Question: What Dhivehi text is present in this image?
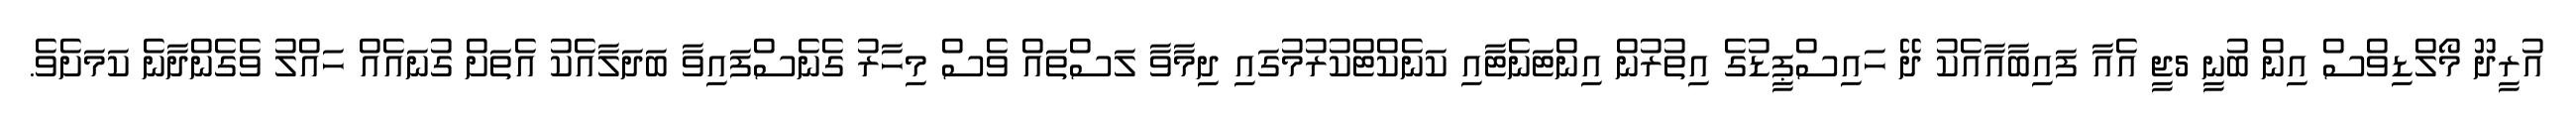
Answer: އުރީދޫ މޯލްޑިވްސް އިން ބުނީ 5ޖީ އެއާ ފައިބާއާއެކު ދޭ ހައިސްޕީޑުގެ އިތުރުން އިންޓަނެޓާއި ކަނެކްޓްކުރުމުގައި ދިމާވާ ލަސްތައް ވެސް މިހާރު ގެނެސްފައިވާ ބަދަލާއެކު އެތަށް ގުނައެއް ހައްލު ވެގެންދާނެ ކަމަށެވެ.